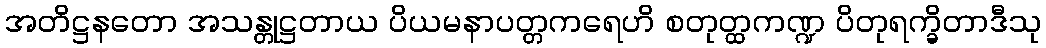
အတိဋ္ဌနတော အသန္တုဋ္ဌတာယ ပိယမနာပတ္တကရေဟိ စတုတ္ထကဏ္ဍ ပိတုရက္ခိတာဒီသု